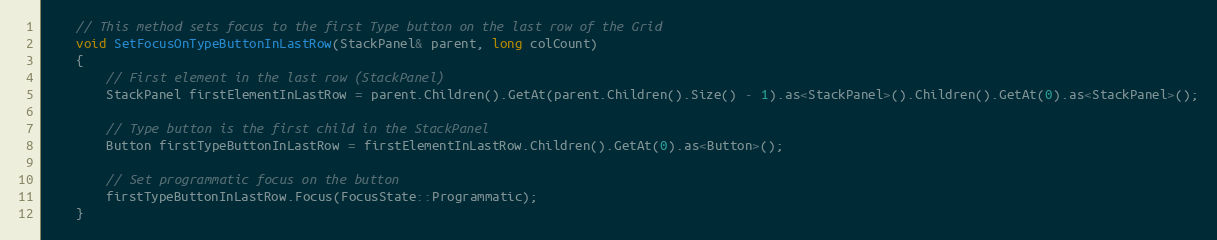
Language: C++
    // This method sets focus to the first Type button on the last row of the Grid
    void SetFocusOnTypeButtonInLastRow(StackPanel& parent, long colCount)
    {
        // First element in the last row (StackPanel)
        StackPanel firstElementInLastRow = parent.Children().GetAt(parent.Children().Size() - 1).as<StackPanel>().Children().GetAt(0).as<StackPanel>();

        // Type button is the first child in the StackPanel
        Button firstTypeButtonInLastRow = firstElementInLastRow.Children().GetAt(0).as<Button>();

        // Set programmatic focus on the button
        firstTypeButtonInLastRow.Focus(FocusState::Programmatic);
    }